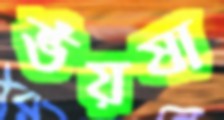
ভঁয়ষা